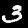
Label: 3